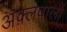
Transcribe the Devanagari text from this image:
अक़्लवालों